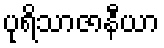
ပုရိသာဇာနီယာ